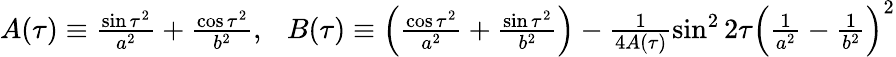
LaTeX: \begin{array}{r}{A(\tau)\equiv\frac{\sin\tau^{2}}{a^{2}}+\frac{\cos\tau^{2}}{b^{2}},\ \ \ B(\tau)\equiv\Big(\frac{\cos\tau^{2}}{a^{2}}+\frac{\sin\tau^{2}}{b^{2}}\Big)-\frac{1}{4A(\tau)}\sin^{2}2\tau\Big(\frac{1}{a^{2}}-\frac{1}{b^{2}}\Big)^{2}}\end{array}